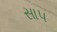
સાપ